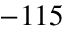
- 1 1 5